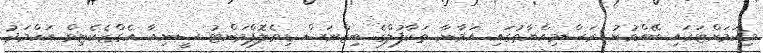
މިކަމަށްޓަކައި ބޭއްވުނު ރަސްމިއްޔާތުގައި އަމާނާ ތަކާފުލްގެ ބިޒްނަސް ޑިވެލޮޕްމަންޓު ސީނިއާ އެގްޒެކެޓިވް އަހްމަދު